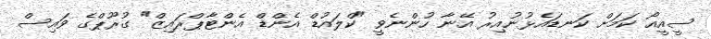
ސީއީއޯ ކަމަށް ކަނޑައެޅުނުއިރު އޭނާ ހުންނެވީ "ކްލައުޑް އެންޑް އެންޓާޕްރައިޒް" ގުރޫޕްގެ ވައިސް